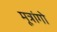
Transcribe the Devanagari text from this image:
मूत्रांगो